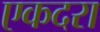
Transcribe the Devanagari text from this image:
एकदरा